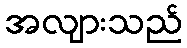
အလျားသည်